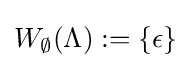
W_{\emptyset }(\Lambda ):=\{\epsilon \}